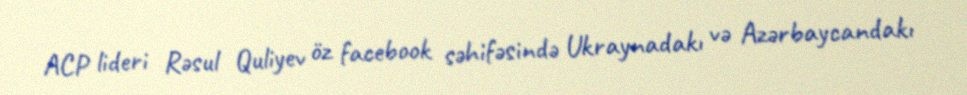
ACP lideri Rəsul Quliyev öz facebook səhifəsində Ukraynadakı və Azərbaycandakı